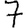
Digit: 7